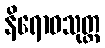
နိရောဓသုတ္တ